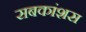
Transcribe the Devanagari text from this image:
सबकांशस